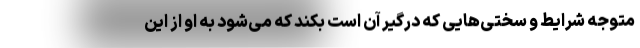
متوجه شرایط و سختی‌هایی که درگیر آن است بکند که می‌شود به او از این